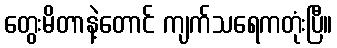
တွေးမိတာနဲ့တောင် ကျက်သရေကတုံးပြီ။